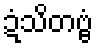
ဍံသိတဗ္ဗံ